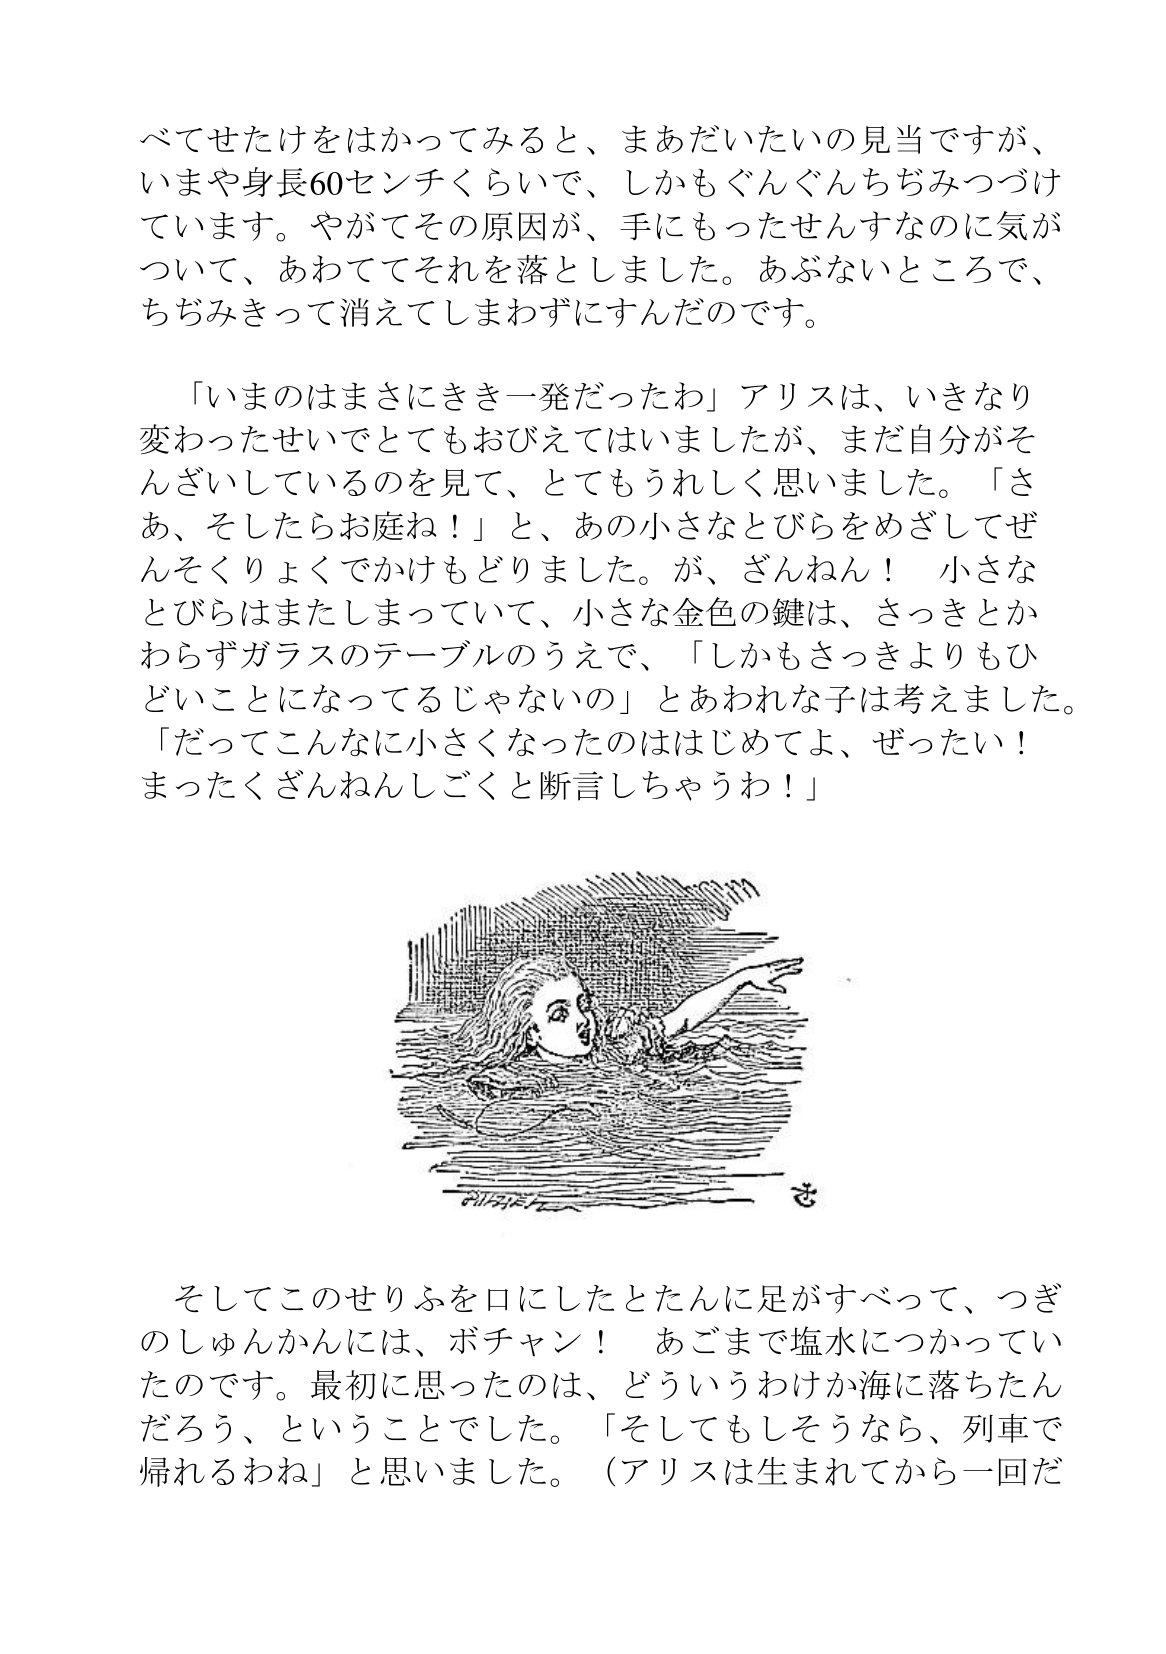
Language: ja